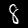
Label: 8